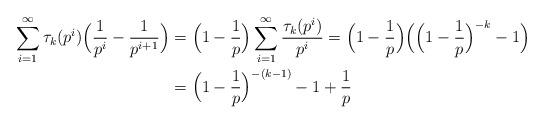
LaTeX: \begin{align*} \sum_{i=1}^{\infty} \tau_k(p^i) \Big( \frac{1}{p^i} - \frac{1}{p^{i+1}} \Big) & = \Big( 1-\frac{1}{p} \Big) \sum_{i=1}^{\infty} \frac{\tau_k(p^i)}{p^i} = \Big( 1-\frac{1}{p} \Big) \Big( \Big(1 -\frac{1}{p} \Big)^{-k} -1 \Big)\\ & = \Big( 1-\frac{1}{p} \Big)^{-(k-1)} -1 + \frac{1}{p}\end{align*}